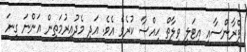
ފްރާންސާއި އިޓަލީ ވިލާތް ހިއްސާ ކުރެވެ އެވެ. އަދި މެދުއިރުމަތިން އަންނަ ގިނަ